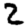
Digit: 2